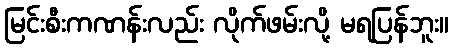
မြင်းစီးကဏန်းလည်း လိုက်ဖမ်းလို့ မရပြန်ဘူး။